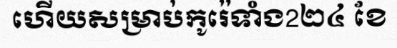
ហើយសម្រាប់កូរ៉េទាំង2២៤ ខែ